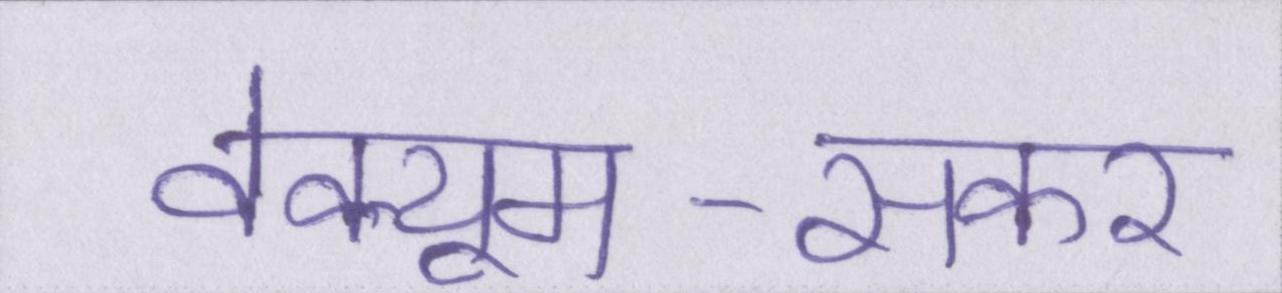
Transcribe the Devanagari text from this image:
वेक्यूम-सकर